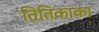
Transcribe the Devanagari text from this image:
तितिकाका